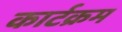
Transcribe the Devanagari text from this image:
कार्टक्रम